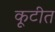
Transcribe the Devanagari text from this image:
कूटीत